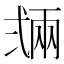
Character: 𢎏